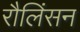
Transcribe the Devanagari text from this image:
रौलिंसन